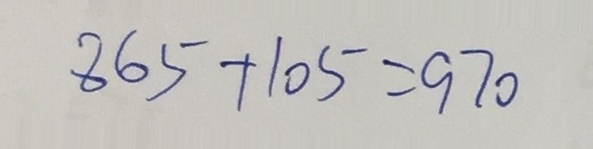
8 6 5 + 1 0 5 = 9 7 0